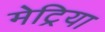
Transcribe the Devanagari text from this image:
मेट्रिया